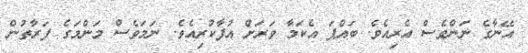
އޭނާގެ ނަންވެސް އެރިއެވެ. ބައްޕަ އެކަމާ ވަރަށް އުފާކުރިއެވެ. ނަމަވެސް މަންމަގެ ފަރާތުން